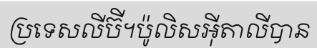
ប្រទេសលីប៊ី។ប៉ូលិសអ៊ីតាលីបាន